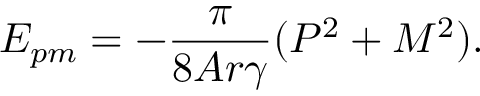
E _ { p m } = - \frac { \pi } { 8 A r { \gamma } } ( { \cal P } ^ { 2 } + { \cal M } ^ { 2 } ) .